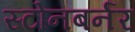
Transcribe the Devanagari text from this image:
स्टोनबर्नर